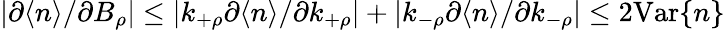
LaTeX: |\partial\langle n\rangle/\partial B_{\rho}|\leq|k_{+\rho}\partial\langle n\rangle/\partial k_{+\rho}|+|k_{-\rho}\partial\langle n\rangle/\partial k_{-\rho}|\leq 2\mathrm{Var}\{ n\}